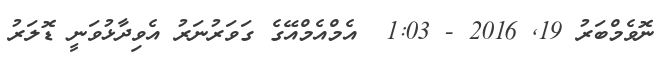
ނޮވެމްބަރު 19